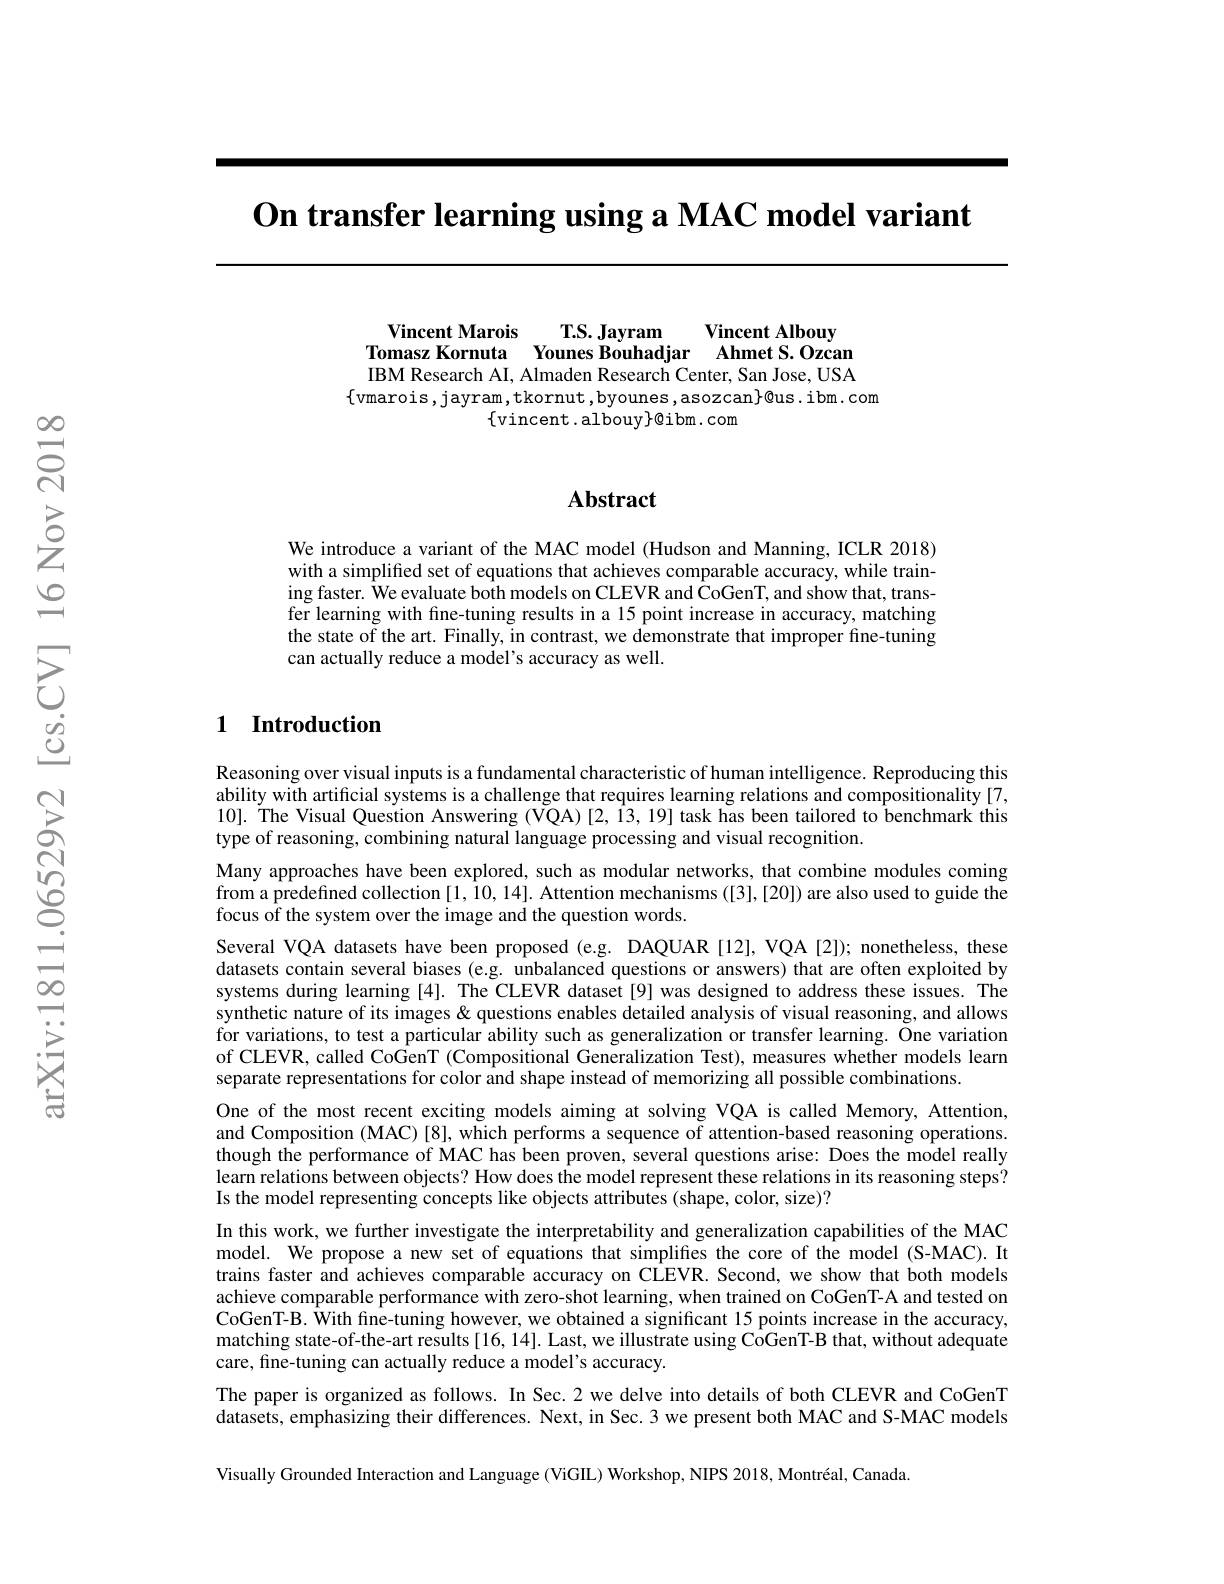
$\textbf{On transfer learning using a MAC model variant}$

Vincent Marois T.S. Jayram
Vincent Albouy
Tomasz Kornuta Younes Bouhadjar Ahmet S.Ozcan IBM Research AI, Almaden Research Center, San Jose, USA
$\{$vmarois,jayram,tkornut,byounes,asozcan}0us.ibm.com
$\{$vincent .albouy$\}@$ibm. com

### $\mathbf{Abstract}$

We introduce a variant of the MAC model (Hudson and Manning, ICLR 2018) with a simplified set of equations that achieves comparable accuracy, while training faster. We evaluate both models on CLEVR and CoGenT, and show that, transfer learning with fine-tuning results in a 15 point increase in accuracy, matching the state of the art. Finally, in contrast, we demonstrate that improper fine-tuning can actually reduce a model's accuracy as well.

## 1 Introduction

Reasoning over visual inputs is a fundamental characteristic of human intelligence. Reproducing this ability with artificial systems is a challenge that requires learning relations and compositionality [7, $10].\dot{\text{The Visual Question Answering (VQA)[2,13,19] task has been tailored to benchmark this}}$ type of reasoning, combining natural language processing and visual recognition.
Many approaches have been explored, such as modular networks, that combine modules coming from a predefined collection [1, 10, 14]. Attention mechanisms ([3],[20]) are also used to guide the focus of the system over the image and the question words.
Several VQA datasets have been proposed (e.g. DAQUAR [12], VQA [2]); nonetheless, these datasets contain several biases (e.g. unbalanced questions or answers) that are often exploited by systems during learning [4]. The CLEVR dataset[9] was designed to address these issues. The synthetic nature of its images & questions enables detailed analysis of visual reasoning, and allows for variations, to test a particular ability such as generalization or transfer learning. One variation of CLEVR, called CoGenT (Compositional Generalization Test), measures whether models learn separate representations for color and shape instead of memorizing all possible combinations.
One of the most recent exciting models aiming at solving VQA is called Memory, Attention, and Composition (MAC)[8], which performs a sequence of attention-based reasoning operations. though the performance of MAC has been proven, several questions arise: Does the model really learn relations between objects? How does the model represent these relations in its reasoning steps? Is the model representing concepts like objects attributes (shape, color, size)?
In this work, we further investigate the interpretability and generalization capabilities of the MAC model. We propose a new set of equations that simplifies the core of the model (S-MAC). It trains faster and achieves comparable accuracy on CLEVR. Second, we show that both models achieve comparable performance with zero-shot learning, when trained on CoGenT-A and tested on CoGenT-B. With fine-tuning however, we obtained a significant 15 points increase in the accuracy, matching state-of-the-art results [16,14]. Last, we illustrate using CoGenT-B that, without adequate care, fine-tuning can actually reduce a model's accuracy.
The paper is organized as follows. In Sec. 2 we delve into details of both CLEVR and CoGenT datasets, emphasizing their differences. Next, in Sec. 3 we present both MAC and S-MAC models Visually Grounded Interaction and Language (ViGIL) Workshop, NIPS 2018, Montréal, Canada